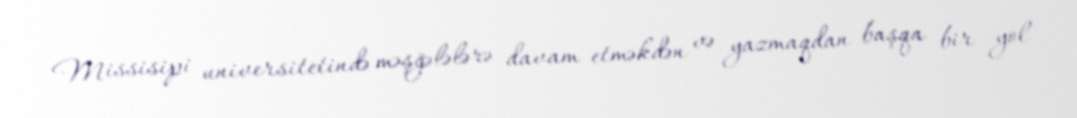
Missisipi universitetində məşğələlərə davam etməkdən və yazmaqdan başqa bir yol